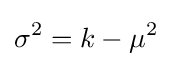
\sigma ^{2}=k-\mu ^{2}